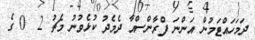
ދަމަހައްޓަމުން އަންނަ ފްރާންސްއާ ދެމެދު ކުޅެވުނު މެޗު 2  0 ގެ